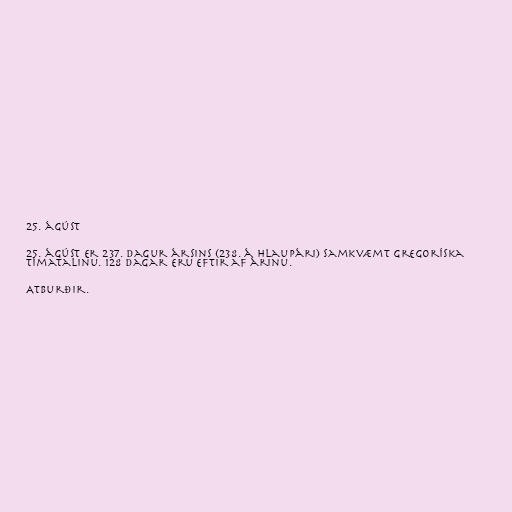
25. ágúst

25. ágúst er 237. dagur ársins (238. á hlaupári) samkvæmt gregoríska
tímatalinu. 128 dagar eru eftir af árinu.

Atburðir.